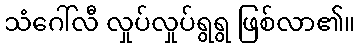
သံဂေါ်လီ လှုပ်လှုပ်ရွရွ ဖြစ်လာ၏။